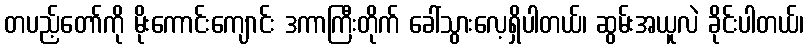
တပည့်တော်ကို မိုးကောင်းကျောင်း ဒကာကြီးတိုက် ခေါ်သွားလေ့ရှိပါတယ်၊ ဆွမ်းအယူလဲ ခိုင်းပါတယ်၊